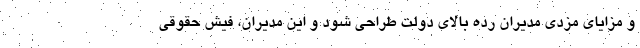
و مزایای مزدی مدیران رده بالای دولت طراحی شود و این مدیران، فیش حقوقی